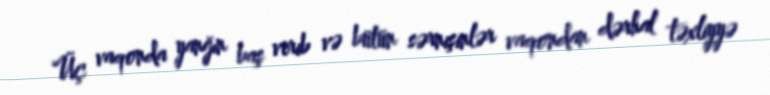
Üç vaqonda yanğın baş verib və bütün sərnişinlər vaqondan dərhal təxliyyə